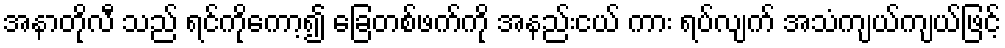
အနာတိုလီ သည် ရင်ကိုကော့၍ ခြေတစ်ဖက်ကို အနည်းငယ် ကား ရပ်လျက် အသံကျယ်ကျယ်ဖြင့်